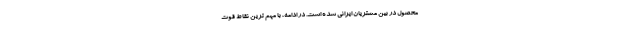
محصول در بین مشتریان ایرانی شده است. در ادامه، با مهم ترین نقاط قوت